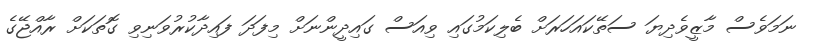
ނަމަވެސް މާޒީވެދިޔަ ސަތޭކައަހަރަށް ބެލިކަމުގައި ވިއަސް ގައިދީންނަށް މިފަދަ ފައިދާކުރުވަނިވި ގޮތަކަށް ރާއްޖޭގެ